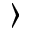
\rangle